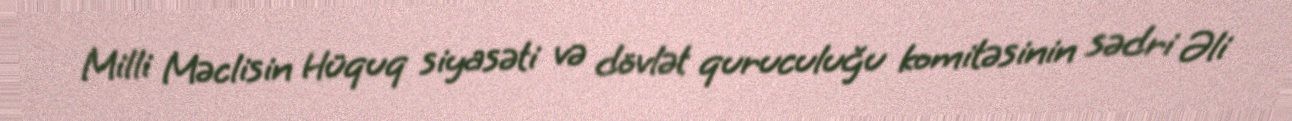
Milli Məclisin Hüquq siyasəti və dövlət quruculuğu komitəsinin sədri Əli